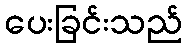
ပေးခြင်းသည်